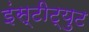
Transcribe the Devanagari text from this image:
इंस्‍टीट्युट